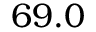
6 9 . 0